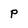
Character: p